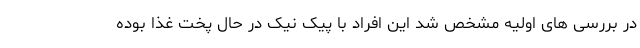
در بررسی های اولیه مشخص شد این افراد با پیک نیک در حال پخت غذا بوده